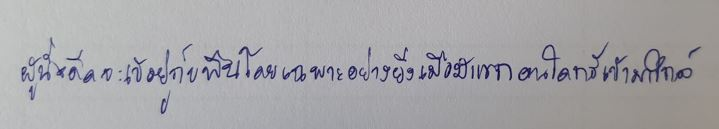
ผู้นั่งดีดจะเข้อยู่กับพื้นโดยเฉพาะอย่างยิ่งเมื่อมีแขกคนใดกรีเข้ามาใกล้